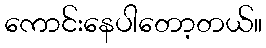
ကောင်းနေပါတော့တယ်။